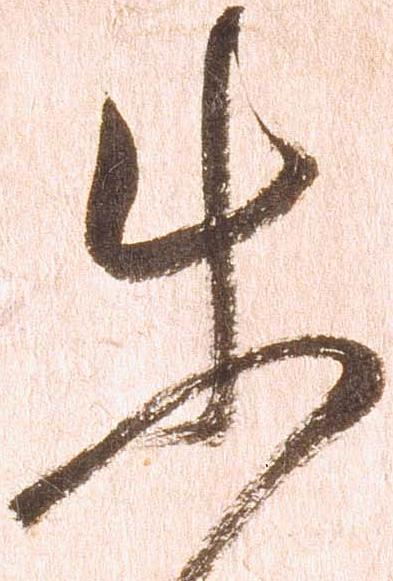
使